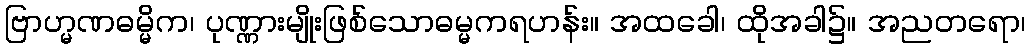
ဗြာဟ္မဏဓမ္မိက၊ ပုဏ္ဏားမျိုးဖြစ်သောဓမ္မကရဟန်း။ အထခေါ၊ ထိုအခါ၌။ အညတရော၊